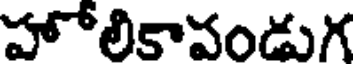
హోలికావండుగ